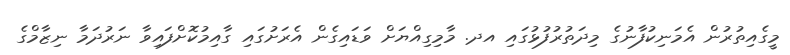
މީގެއިތުރުން އެމަނިކުފާނުގެ މިދަތުރުފުޅުގައި އދ. މާމިގިއްޔަށް ވަޑައިގެން އެރަށުގައި ގާއިމުކޮށްފައިވާ ނަރުދަމާ ނިޒާމްގެ